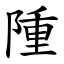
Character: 隀